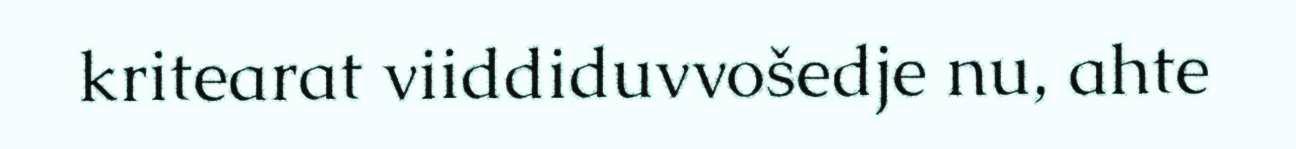
kritearat viiddiduvvošedje nu, ahte